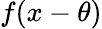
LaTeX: f(x-\theta)